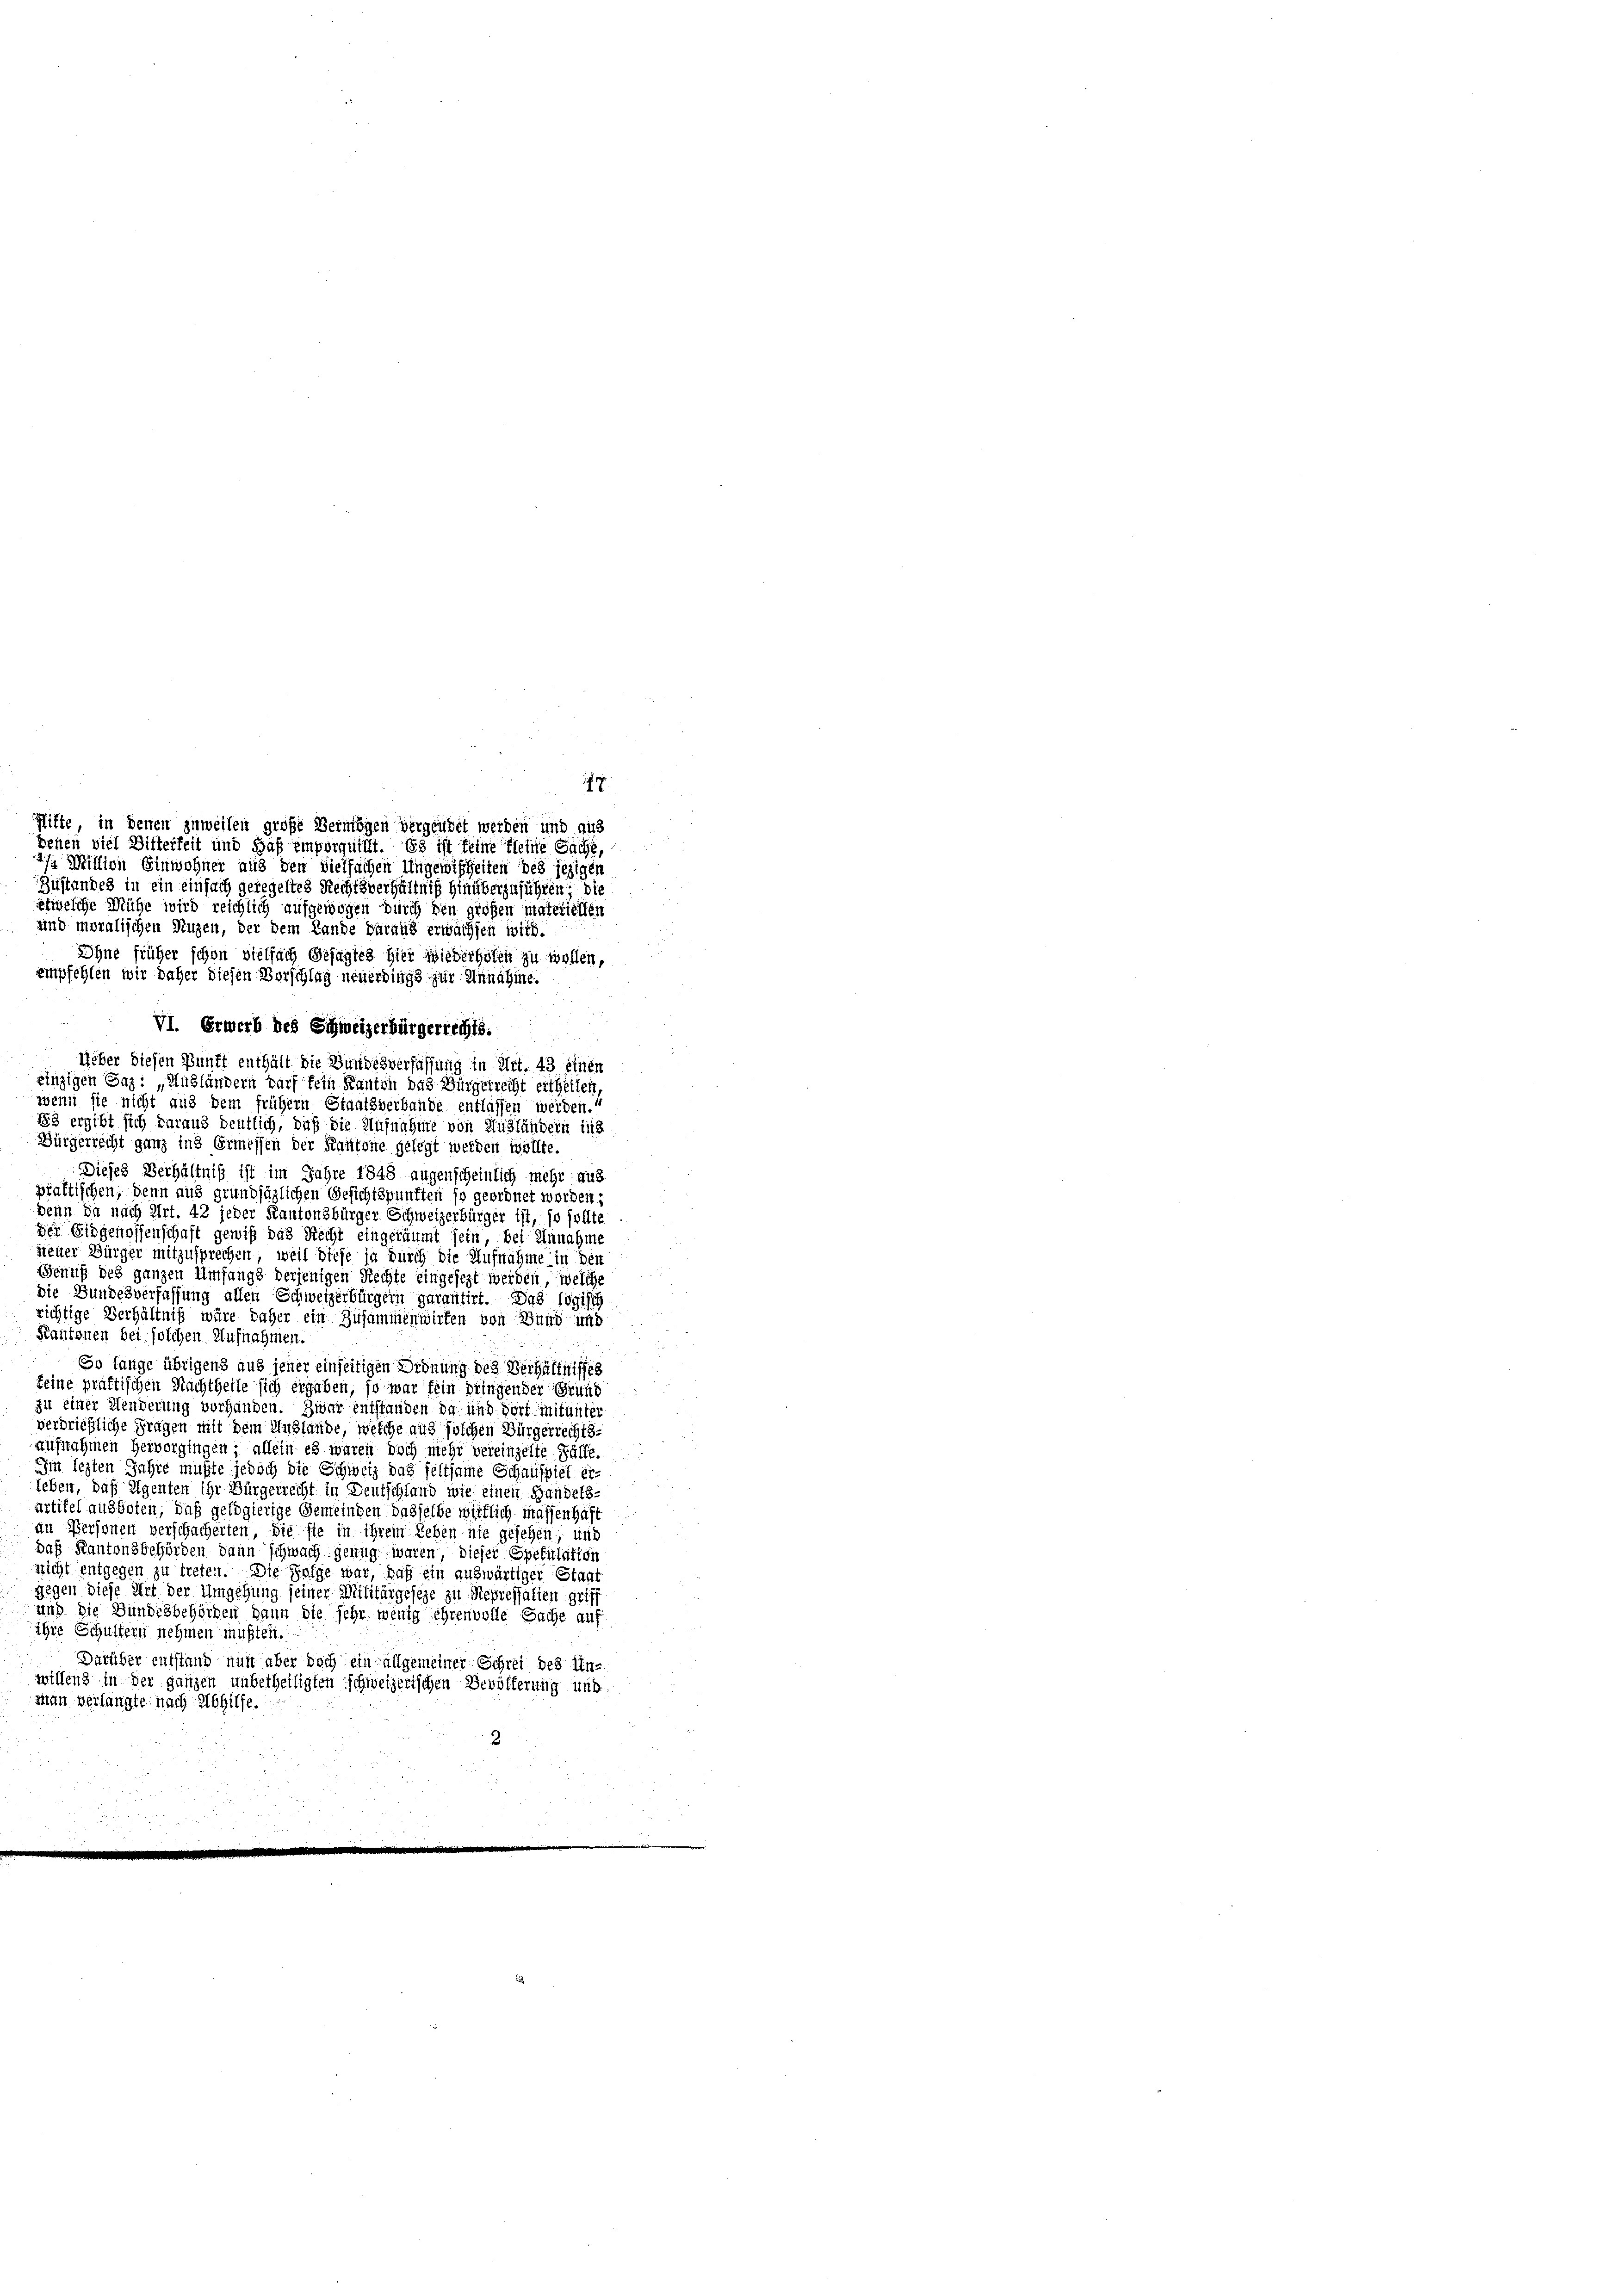
Hitte, in denen zuweilen große Vermögen vergendet werden und aus
benen viel Ditterheit und daß emporquitt. Es ist feine fleine Sache,

9.

si Weillion Einwohner aus den Vielfachen Ungewißheiten des jezigen
Zustandes in ein einfach geregeltes Rechtsverhältniß hinüberzuführen, die
etwelche Mühe wird reichlich aufgewogen durch den großen materiellen
und moralischen Nuzen, der dem Lande daraus erwächsen wird.
Ohne früher schon vielfach Gesagtes hier wiederhofen zu wollen,
empfehlen wir daher diesen Vorschlug neuerdings zur Annahme.
VI. Erwerb des Schweizerbürgerrechts.
¬
Ueber diesen Punkt enthält die Bundesverfassung in Art. 43 einen
einzigen Gas: „Ausländern darf fein Kanton das Bürgerrecht ertheilen
zwenn sie nicht aus dem frühem Staatsverbande entlassen werden.
183 ergibt sich daraus deutlich, daß die Aufnahme von Ausländern ins
Bürgerrecht ganz ins Ermessen der Kantone gelegt werden wollte.
Dieses Verhältniß ist im Jahre 1848 augenscheinlich mehr aus
praktischen, denn aus grundsäglichen Gesichtspunkten so geordnet worden;
Denn da nach Art. 42 jeder Kantonsbürger Schweizerbürger ist, so sollte
Der Eidgenossenschaft gewiß das Recht eingeräumt sein, bei Annahme
jiener Bürger mitzusprechen, weil diese ja durch die Aufnahme in den
Genuß des ganzen Umfangs derjenigen Rechte eingesezt werden, welche
die Bundesverfassung allen Schweizerbürgern garantirt. Das logisch
richtige Verhältniß wäre daher ein Zusammenwirten von Bund und
Kantonen bei solchen Aufnahmen.
So lange übrigens aus jener einseitigen Ordnung des Verhältnisses
keine präftischen Nachtheile sich ergaben, so war fein bringen der Grund
zu einer Menderung vorhanden. Zwar entstanden da und dort mitunter
verbriefliche Fragen mit dem Auslände, welche aus solchen Bürgerrechts-
aufnahmen hervorgingen; allein es waren doch mehr vereinzelte Fülle.
in lezten Jahre mußte jedoch die Schweiz das feltsame Schauspiel er-
leben, daß Eigenten ihr Bürgerrecht in Deutschland wie einen Handels-
artitel ausboten, daß geldgierige Gemeinden dasselbe wirklich massenhaft
an Personen verschächerten, die sie in ihrem Leben nie gesehen, und
das Kantonsbehörden dann schwach genug waren dieser Spekulation
nicht entgegen zu treten. Die Folge war, daß ein auswärtiger Staat
gegen diese Mit der Umgehung seiner Militärgeseze zu Repressalien griff
und die Bundesbehörden dann die sehr wenig ehrenvolle Sache auf
ihre Schultern nehmen mußten.
Darüber entstand nun aber doch ein allgemeiner Schrei des in-
willen in der ganzen unbetheiligten schweizerischen Bevölkerung und
man verlangte nach Abhilfe.

u